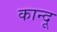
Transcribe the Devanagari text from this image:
कान्दू